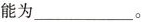
能为___。